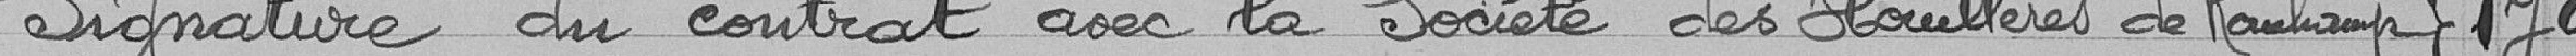
Signature du contrat avec la Société des Houillères de Ronchamp